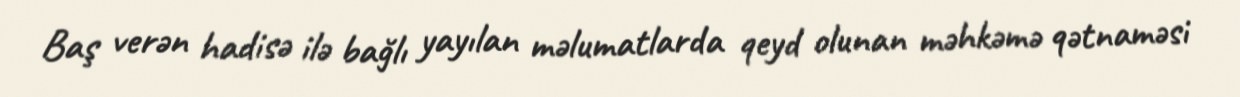
Baş verən hadisə ilə bağlı yayılan məlumatlarda qeyd olunan məhkəmə qətnaməsi